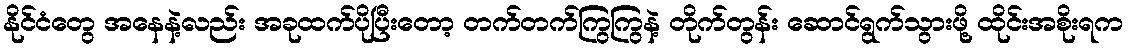
နိုင်ငံတွေ အနေနဲ့လည်း အခုထက်ပိုပြီးတော့ တက်တက်ကြွကြွနဲ့ တိုက်တွန်း ဆောင်ရွက်သွားဖို့ ထိုင်းအစိုးရက